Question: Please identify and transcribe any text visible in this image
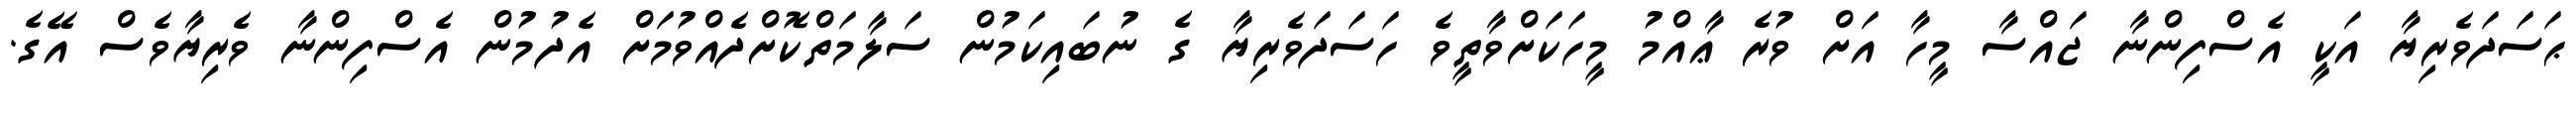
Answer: ޙަސަދަވެރިޔާ އަކީ އެސްފިންނާ ޖައްސާ މީހާ އަށް ވުރެ ޢާއްމު މީހަކަށްވާތީވެ ހަސަދަވެރިޔާ ގެ ނުބައިކަމުން ސަލާމަތްކޮށްދެއްވުމަށް އެދުމުން އެސްފިންނާ ވެރިޔާވެސް އޭގެ.